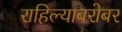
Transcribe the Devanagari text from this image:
राहिल्याबरोबर